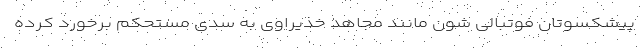
پیشکسوتان فوتبالی شون مانند مجاهد خذیراوی به سدی مستحکم برخورد کرده